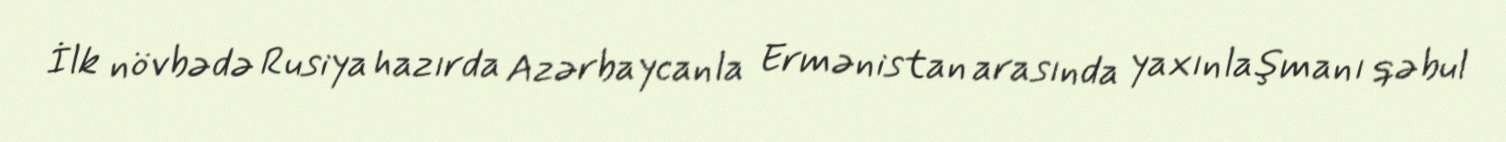
İlk növbədə Rusiya hazırda Azərbaycanla Ermənistan arasında yaxınlaşmanı qəbul